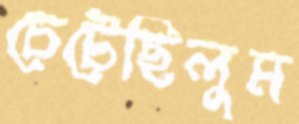
চেটেছিলুম